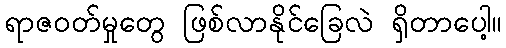
ရာဇဝတ်မှုတွေ ဖြစ်လာနိုင်ခြေလဲ ရှိတာပေါ့။